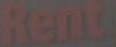
Rent